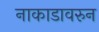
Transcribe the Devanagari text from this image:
नाकाडावरुन